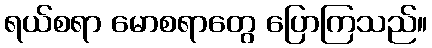
ရယ်စရာ မောစရာတွေ ပြောကြသည်။